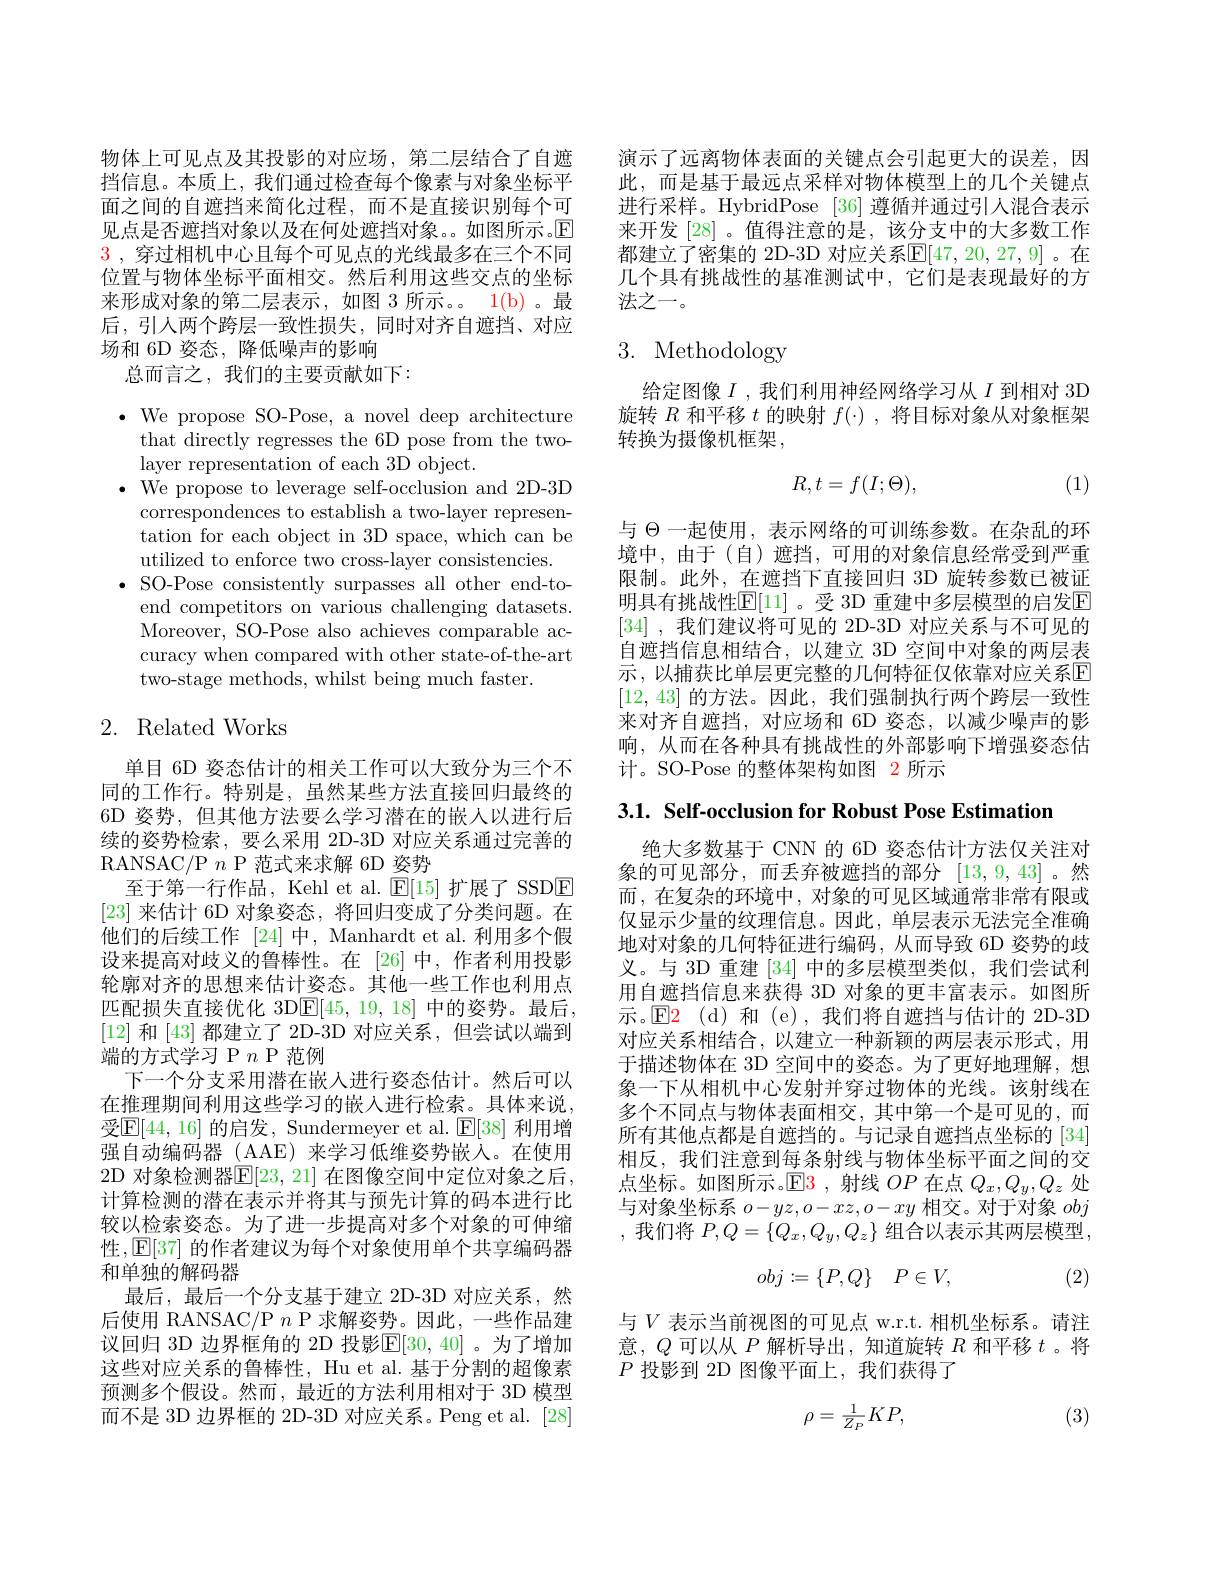
物体上可见点及其投影的对应场，第二层结合了自遮挡信息。本质上，我们通过检查每个像素与对象坐标平面之间的自遮挡来简化过程，而不是直接识别每个可见点是否遮挡对象以及在何处遮挡对象。如图所示。$\mathbb{E}$ $\color{red}3$,穿过相机中心且每个可见点的光线最多在三个不同位置与物体坐标平面相交。然后利用这些交点的坐标来形成对象的第二层表示，如图 3 所示。1(b)。最后，引入两个跨层一致性损失，同时对齐自遮挡、对应场和 6D 姿态，降低噪声的影响
总而言之，我们的主要贡献如下：

$\bullet$ We propose SO-Pose, a novel deep architecture
that directly regresses the 6D pose from the two-
layer representation of each 3D object.
$\bullet$ We propose to leverage self-occlusion and 2D-3D
correspondences to establish a two-layer representation for each object in 3D space, which can be utilized to enforce two cross-layer consistencies.
$\bullet$ SO-Pose consistently surpasses all other end-to-
end competitors on various challenging datasets. Moreover, SO-Pose also achieves comparable accuracy when compared with other state-of-the-art two-stage methods, whilst being much faster.

# 2. Related Works

单目 6D 姿态估计的相关工作可以大致分为三个不同的工作行。特别是，虽然某些方法直接回归最终的6D 姿势，但其他方法要么学习潜在的嵌人以进行后续的姿势检索，要么采用 2D-3D 对应关系通过完善的RANSAC/P $n$ P 范式来求解 6D 姿势
至于第一行作品，Kehl et al. $\mathbb{E}[15]$扩展了 SSDE [23]来估计 6D 对象姿态，将回归变成了分类问题。在他们的后续工作 [24]中，Manhardt et al. 利用多个假设来提高对歧义的鲁棒性。在 [26]中，作者利用投影轮廓对齐的思想来估计姿态。其他一些工作也利用点匹配损失直接优化 3DE[45,19,18] 中的姿势。最后， [12] 和[43] 都建立了 2D-3D 对应关系，但尝试以端到端的方式学习 P $n$ P 范例
下一个分支采用潜在嵌入进行姿态估计。然后可以在推理期间利用这些学习的嵌入进行检索。具体来说， 受$\mathbb{E}[44,16]$ 的启发，Sundermeyer et al. $\mathbb{E}[38]$ 利用增强自动编码器 ( AAE) 来学习低维姿势嵌入。在使用2D 对象检测器$\mathbb{E}[23$, 21] 在图像空间中定位对象之后， 计算检测的潜在表示并将其与预先计算的码本进行比较以检索姿态。为了进一步提高对多个对象的可伸缩性，$\mathbb{E}[37]$的作者建议为每个对象使用单个共享编码器和单独的解码器
最后，最后一个分支基于建立 2D-3D 对应关系，然后使用 RANSAC/P $n$ P 求解姿势。因此，一些作品建议回归 3D 边界框角的 2D 投影$\overline\mathbb{E}[30,40]$。为了增加这些对应关系的鲁棒性，Hu et al. 基于分割的超像素预测多个假设。然而，最近的方法利用相对于 3D 模型而不是 3D 边界框的 2D-3D 对应关系。Peng et al. [28]

演示了远离物体表面的关键点会引起更大的误差，因此，而是基于最远点采样对物体模型上的几个关键点进行采样。HybridPose [36] 遵循并通过引人混合表示来开发[28]。值得注意的是，该分支中的大多数工作都建立了密集的 2D-3D 对应关系$\mathbb{E}[47,20,27,9]$。在几个具有挑战性的基准测试中，它们是表现最好的方法之一。

# 3. Methodology

给定图像$I$ ,我们利用神经网络学习从$I$到相对 3D 旋转$R$和平移$t$的映射$f(\cdot)$,将目标对象从对象框架转换为摄像机框架，
$$R,t=f(I;\Theta),$$
(1)

与$\Theta$一起使用，表示网络的可训练参数。在杂乱的环境中，由于(自)遮挡，可用的对象信息经常受到严重限制。此外，在遮挡下直接回归 3D 旋转参数已被证明具有挑战性$\operatorname{E}[$11]。受 3D 重建中多层模型的启发$\operatorname{E}$ [34] , 我们建议将可见的 2D-3D 对应关系与不可见的自遮挡信息相结合，以建立 3D 空间中对象的两层表示，以捕获比单层更完整的几何特征仅依靠对应关系$\overline{\mathrm{E}}$ [12,43]的方法。因此，我们强制执行两个跨层一致性来对齐自遮挡，对应场和 6D 姿态，以减少噪声的影响，从而在各种具有挑战性的外部影响下增强姿态估计。SO-Pose 的整体架构如图 2 所示

$3. 1. \textbf{ Self- occlusion for Robust Pose Estimation}$

绝大多数基于 CNN 的 6D 姿态估计方法仅关注对象的可见部分，而丢弃被遮挡的部分 [13,9,43]。然而 ,在复杂的环境中 , 对象的可见区域通常非常有限或仅显示少量的纹理信息。因此，单层表示无法完全准确地对对象的几何特征进行编码，从而导致 6D 姿势的歧义。与 3D 重建[34]中的多层模型类似，我们尝试利用自遮挡信息来获得 3D 对象的更丰富表示。如图所示。$\mathsf{E}$2(d)和(e),我们将自遮挡与估计的 2D-3D 对应关系相结合，以建立一种新颖的两层表示形式，用于描述物体在 3D 空间中的姿态。为了更好地理解，想象一下从相机中心发射并穿过物体的光线。该射线在多个不同点与物体表面相交，其中第一个是可见的，而所有其他点都是自遮挡的。与记录自遮挡点坐标的[34] 相反，我们注意到每条射线与物体坐标平面之间的交点坐标。如图所示。$\mathbb{E}\color{red}{3}$,射线$OP$在点$Q_x,Q_y,Q_z$处与对象坐标系$o-yz,o-xz,o-xy$相交。对于对象obj ,我们将$P,Q=\{Q_x,Q_y,Q_z\}$组合以表示其两层模型，
$$obj:=\{P,Q\}\quad P\in V,$$
(2)

与$V$ 表示当前视图的可见点 w.r.t. 相机坐标系。请注意，$Q$可以从$P$ 解析导出，知道旋转$R$ 和平移$t$。将$P$投影到 2D 图像平面上，我们获得了

(3)
$$\rho=\frac{1}{Z_{P}}KP,$$